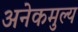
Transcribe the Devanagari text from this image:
अनेकमुल्य